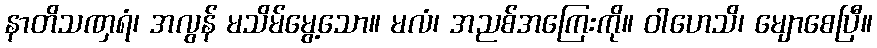
နာတိသဏှရံ၊ အလွန် မသိမ်မွေ့သော။ မလံ၊ အညစ်အကြေးကို။ ဝါဟေသိ၊ မျောစေပြီ။